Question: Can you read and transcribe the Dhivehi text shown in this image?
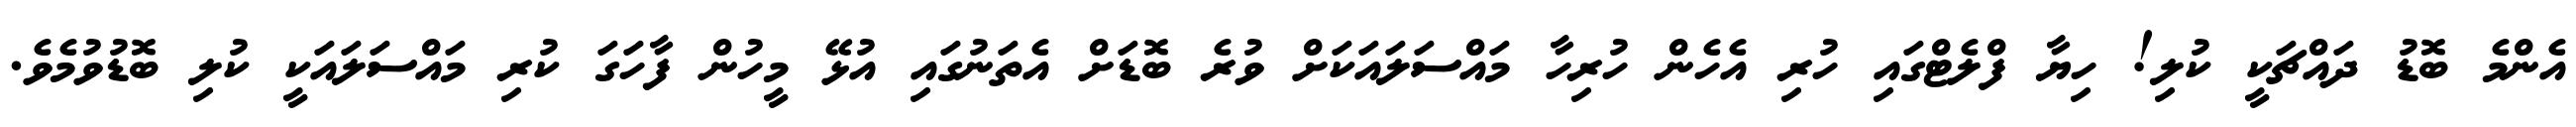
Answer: އެންމެ ބޮޑު ދައްޗަކީ ކުލި! ހިޔާ ފްލެޓްގައި ހުރި އެހެން ހުރިހާ މައްސަލައަކަށް ވުރެ ބޮޑަށް އެތަނުގައި އުޅޭ މީހުން ފާހަގަ ކުރި މައްސަލައަކީ ކުލި ބޮޑުވުމެވެ.